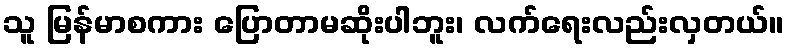
သူ မြန်မာစကား ပြောတာမဆိုးပါဘူး၊ လက်ရေးလည်းလှတယ်။